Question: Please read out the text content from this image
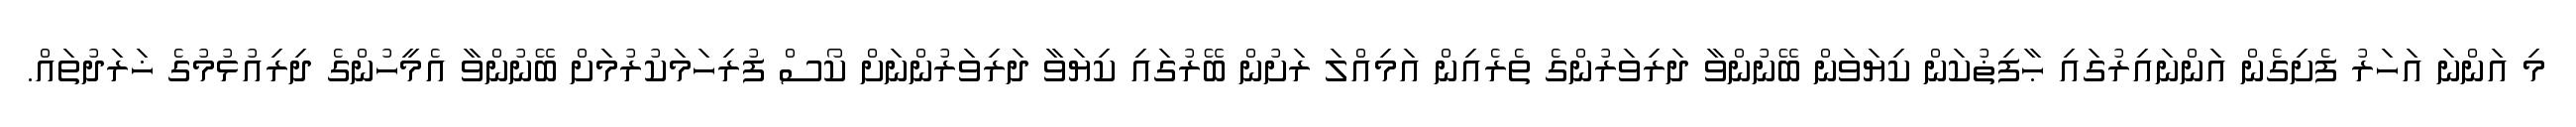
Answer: މި އަންނަ އަހަރު ފެށިގެން އަންނައިރުގައި ޙާފިޡުކަން ކިޔަވަން ބޭނުންވާ ދަރިވަރުންގެ ތެރެއިން އަމިއްލަ ރަށުން ބޭރުގައި ކިޔަވާ ދަރިވަރުންނަށް ކޯސް ފުރިހަމަކުރުމަށް ބޭނުންވާ އެމީހުންގެ ދިރިއުޅުމުގެ ޚަރަދުތައް.